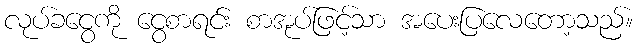
လုပ်ခငွေကို ငွေစာရင်း စာအုပ်ဖြင့်သာ အပေးပြလေတော့သည်။